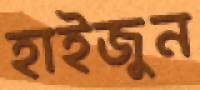
হাইজুন